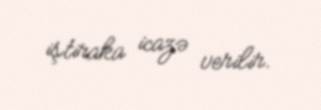
iştiraka icazə verilir.